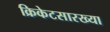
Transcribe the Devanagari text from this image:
क्रिकेटसारख्या